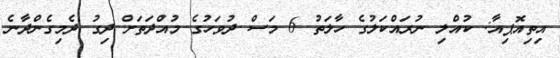
އިތިއޮޕިއާ: ކުއްލި ނުރައްކަލުގެ ހާލަތު 6 މަސް ދުވަހުގެ މުއްދަތަށް ދިގު ދެމިގެންދާނެ